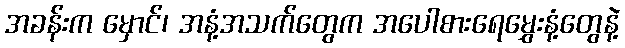
အခန်းက မှောင်၊ အနံ့အသက်တွေက အပေါစားရေမွှေးနံ့တွေနဲ့